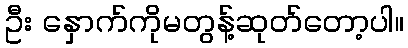
ဦး နှောက်ကိုမတွန့်ဆုတ်တော့ပါ။